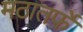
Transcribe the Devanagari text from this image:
मठातर्फे